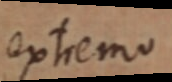
extremo